Leaving Certificate Examination, 1913
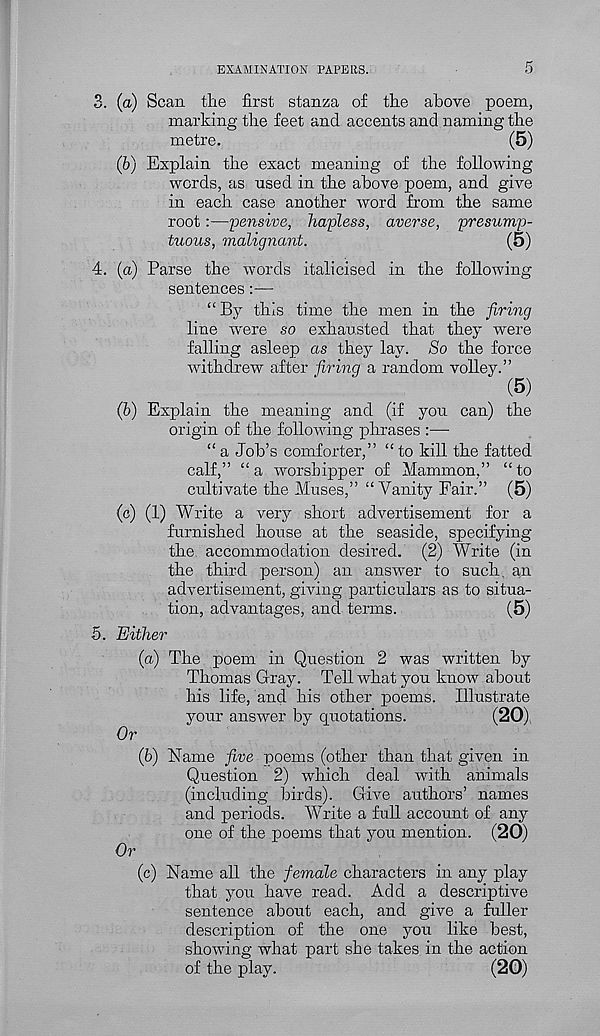
EXAMINATION PAPERS.
5
3. (a) Scan the first stanza of the above poem,
marking the feet and accents and naming the
metre.
(5)
(6) Explain the exact meaning of the following
words, as used in the above poem, and give
in each case another Avord from the same
root:—pensive, hapless, averse, presump-
tuous, malignant.
(5)
4. (a) Parse the words italicised in the following
sentences:—
“ By this time the men in the firing
line were so exhausted that they were
falling asleep as they lay. So the force
Avithdrew after firing a random volley.”
(5)
(b) Explain the meaning and (if yon can) the
origin of the following phrases :—•
“ a Job’s comforter,” “ to kill the fatted
calf,” “a Avorshipper of Mammon,” “to
cultivate the Muses,” “Vanity Fair.” (5)
(c) (1) Write a very short advertisement for a
furnished house at the seaside, specifying
the accommodation desired. (2) Write (in
the third person) an answer to such, an
advertisement, giving particulars as to situa-
tion, advantages, and terms.
(5)
5. Either
(a) The poem in Question 2 was written by
Thomas Gray. Tell what yon know about
his life, and his other poems. Illustrate
your answer by quotations.
(20)
Or
(b) Name five poems (other than that given in
Question 2) which deal with animals
(including birds). Give authors’ names
and periods. Write a full account of any
one of the poems that you mention. (20)
Or
(c) Name all the female characters in any play
that you have read. Add a descriptive
seutence about each, and give a fuller
description of the one you like best,
showing what part she takes in the action
of the play.
(20)